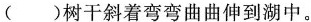
()树干斜着弯弯曲曲伸到湖中。